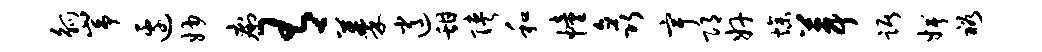
觚峥边妙痢有蓁逍甜陕和幢矗宇邛奸燥葺踞婢裕